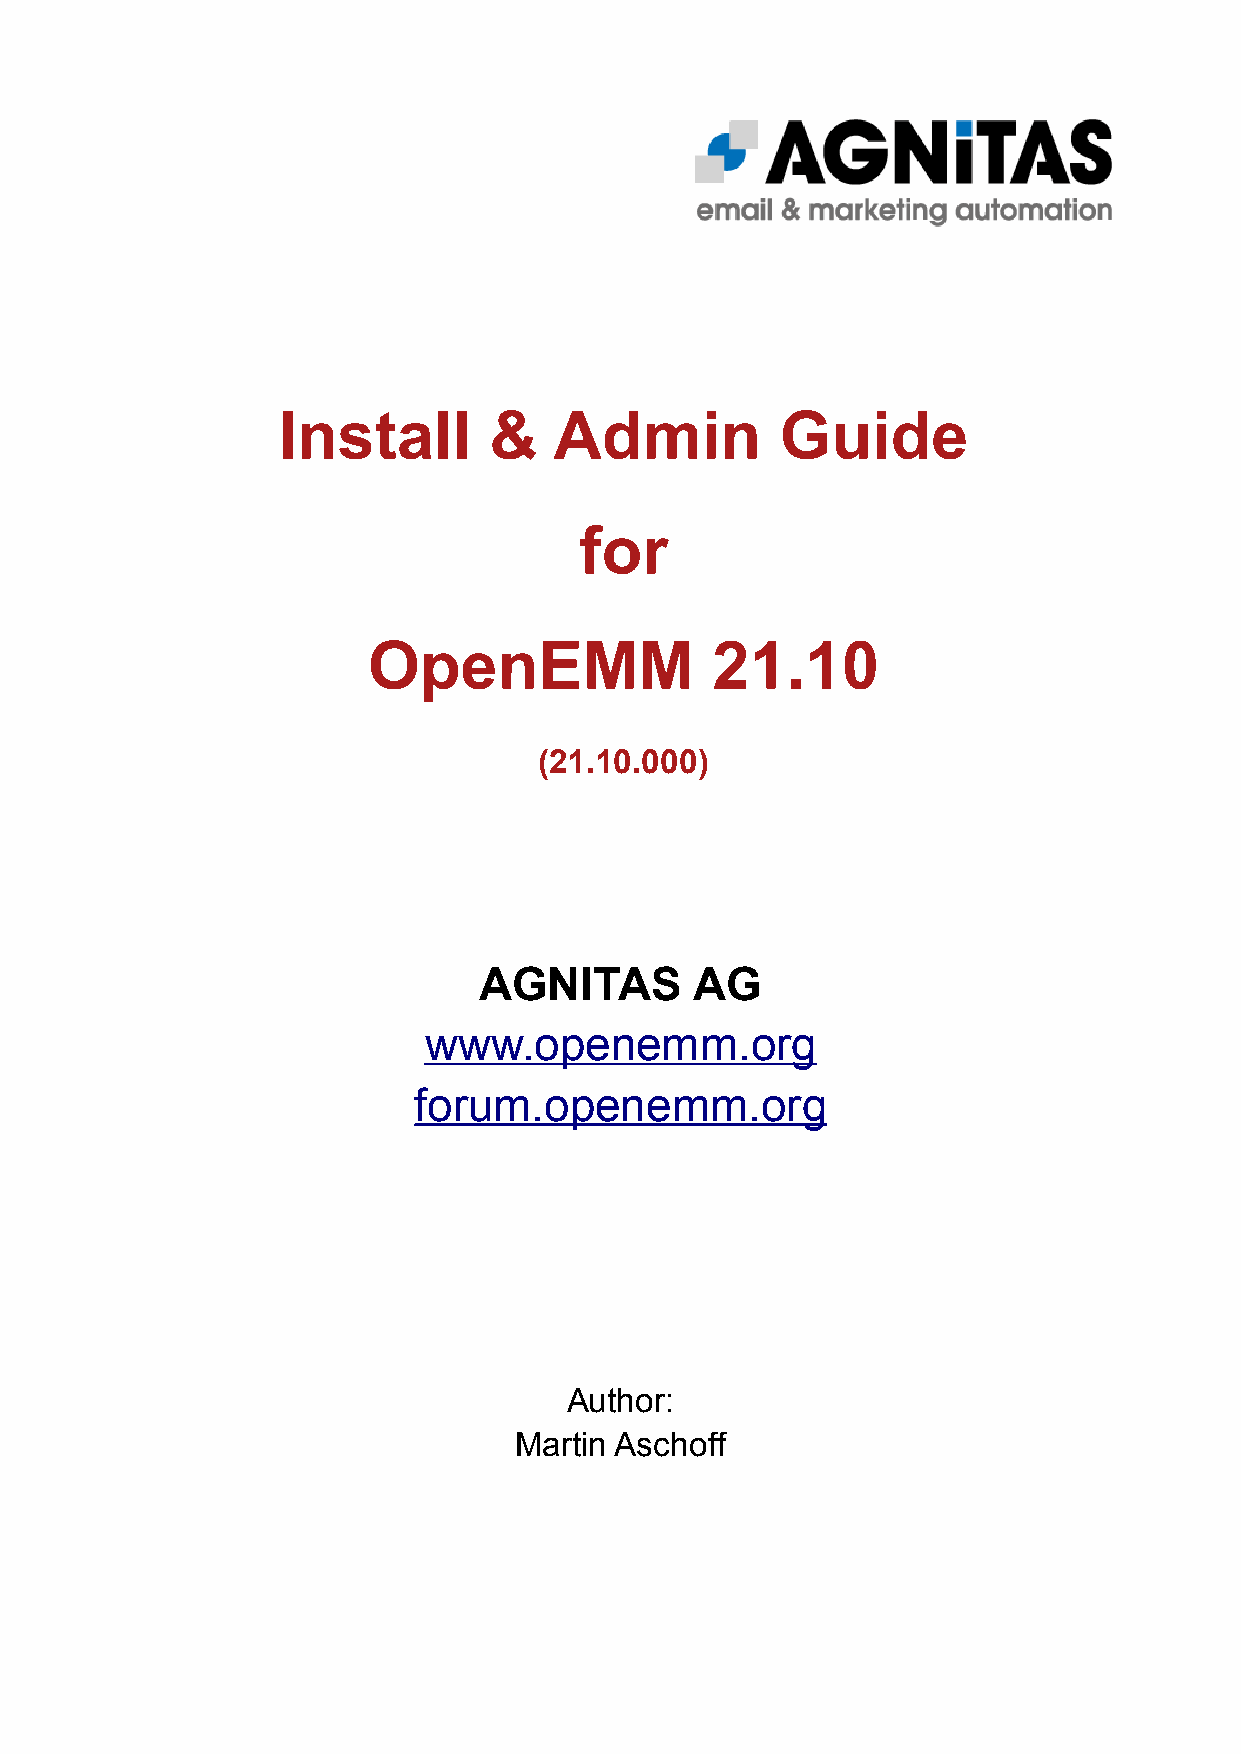
Install       &    Admin          Guide
 for
 OpenEMM                21.10
 (21.10.000)
 AGNITAS       AG
 www    . openemm     . org
 forum.openemm.org
 Author:
 Martin Aschoff